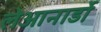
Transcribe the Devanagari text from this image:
लेआनार्डो